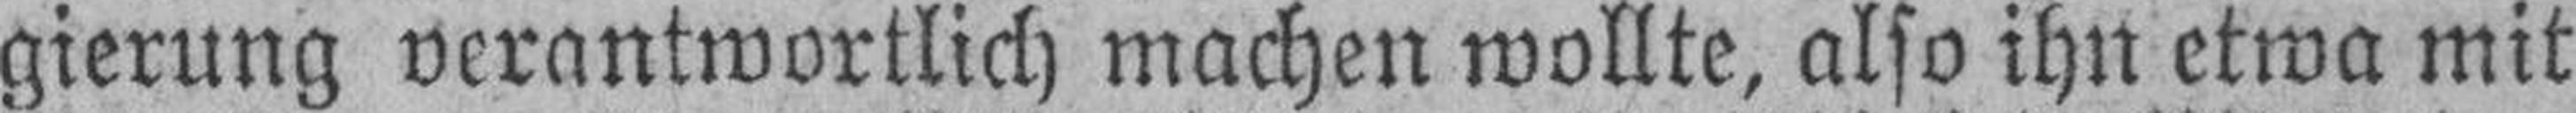
gierung verantwortlich machen wollte, also ihn etwa mit